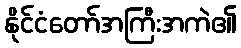
နိုင်ငံတော်အကြီးအကဲ၏